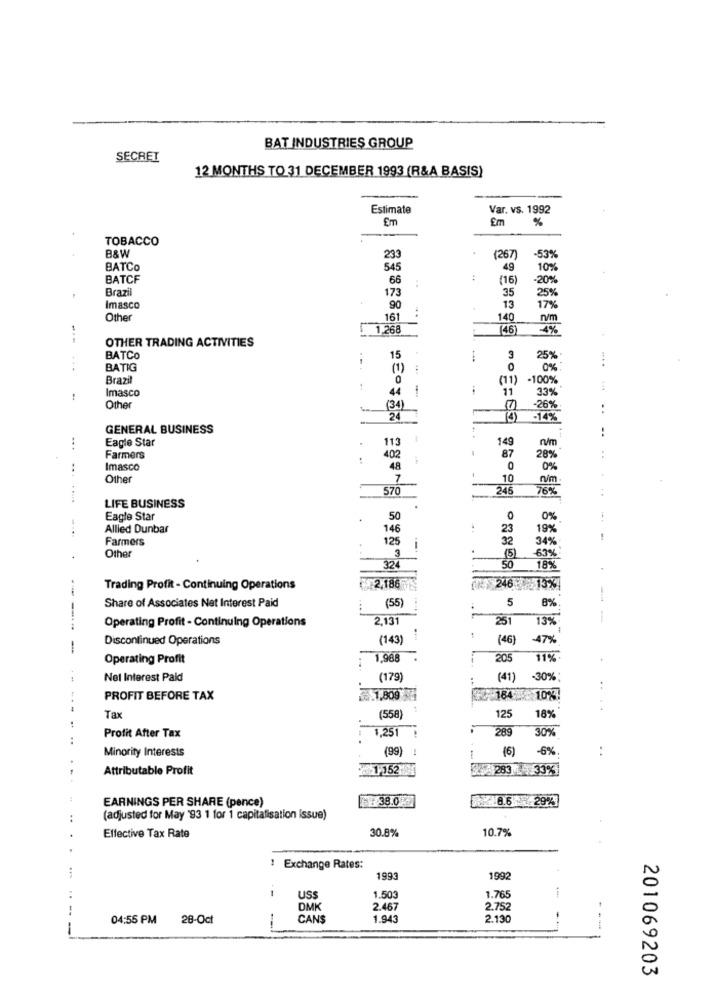
BAT INDUSTRIES GROUP
SECRET
12 MONTHS TO 31 DECEMBER 1993 (R&A BASIS)
Estimate
Var. vs. 1992
Em
Em
%
TOBACCO
B&W
4
233
(267)
-53%
BATCO
545
49
10%
BATCF
66
(16)
-20%
Brazil
173
35
25%
Imasco
90
13
17%
Other
161
140
1,268
146
OTHER TRADING ACTIVITIES
BATCO
15
3
...
BATIG
(1)
0
0%
Brazil
(11)
-100%
Imasco
44
11
Other
33%
(34)
26%
24
.14%
GENERAL BUSINESS
Eagle Star
113
149
402
87
n/m
Farmers
28%
Imasco
48
0
0%
Other
7
10
N/m .
570
245
76%
LIFE BUSINESS
Eagle Star
50
0
0%
Allied Dunbar
146
23
19%
Farmers
125
32
34%
3
Other
(5)
63%
324
50
18%
Trading Profit - Continuing Operations
2,186
246 13%
(55)
8%
Share of Associates Net Interest Paid
5
Operating Profit - Continuing Operations
2,131
251
13%
Discontinued Operations
(143)
(46)
47%
Operating Profit
1,968
205
11%
Not Interest Paid
(179
(41)
-30%;
PROFIT BEFORE TAX
1.809
16410%
18%
Tax
(558)
125
1,251
289
30%
Profit After Tax
Minority Interests
(99)
(6)
-6%
Attributable Profit
1152
43)283 . 33%
EARNINGS PER SHARE (pence)
38.0
8.6 7 29%
(adjusted for May '93 1 for 1 capitalisation issue)
30.8%
10.7%
Effective Tax Rate
Exchange Rates:
1993
1992
USS
1.503
1.765
DMK
2.467
2.752
04:55 PM
28-Oct
CANS
1.943
2.130
-
201069203